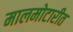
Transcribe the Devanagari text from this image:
मालमोटारीत